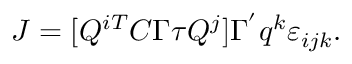
J = [ Q ^ { i T } C \Gamma \tau Q ^ { j } ] \Gamma ^ { ' } q ^ { k } \varepsilon _ { i j k } .